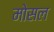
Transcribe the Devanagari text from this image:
मोसल